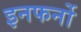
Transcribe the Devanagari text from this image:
इनफर्नो